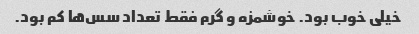
خیلی خوب بود. خوشمزه و گرم فقط تعداد سس‌ها کم بود.